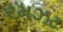
રમઝટ